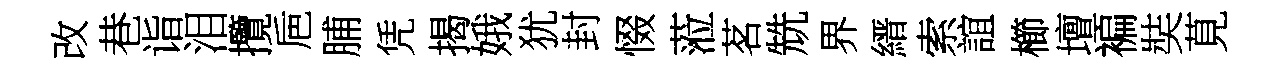
改巷诣泪攬巵脯凭揭娥犹封惙蒞茗兟界縉索誼櫛壇褊奘莧